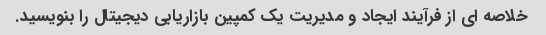
خلاصه ای از فرآیند ایجاد و مدیریت یک کمپین بازاریابی دیجیتال را بنویسید.